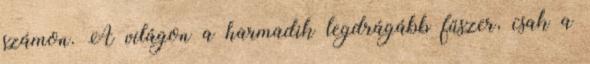
számon. A világon a harmadik legdrágább fűszer, csak a